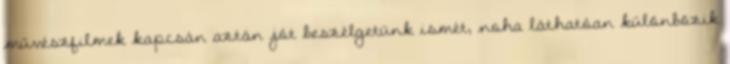
művészfilmek kapcsán aztán jót beszélgetünk ismét, noha láthatóan különbözik